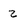
Character: 2